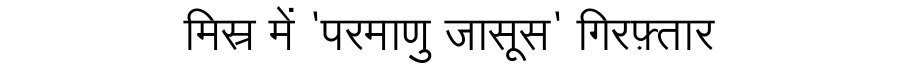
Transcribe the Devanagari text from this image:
मिस्र में 'परमाणु जासूस' गिरफ़्तार